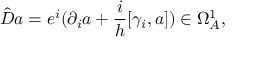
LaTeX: \hat { { \cal { D } } } a = e ^ { i } ( \partial _ { i } a + \frac { i } { h } [ \gamma _ { i } , a ] ) \in \Omega _ { A } ^ { 1 } ,